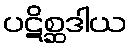
ပဋိစ္ဆဒါယ